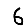
Digit: 6